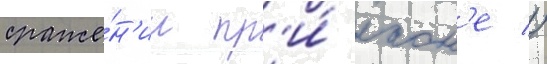
сраже́н'ии пр'и́ лаон'е //